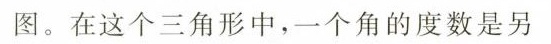
图。在这个三角形中，一个角的度数是另